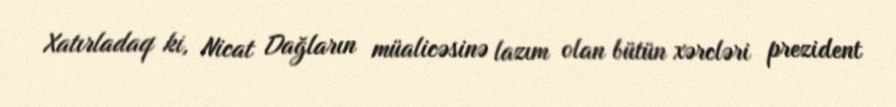
Xatırladaq ki, Nicat Dağların müalicəsinə lazım olan bütün xərcləri prezident